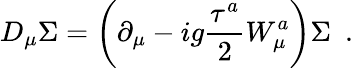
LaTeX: D_{\mu}\Sigma=\left(\partial_{\mu}-ig\frac{\tau^{a}}{2}W_{\mu}^{a}\right)\Sigma\, \, \, .